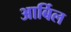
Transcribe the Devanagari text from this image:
आर्बिल